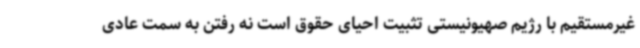
غیرمستقیم با رژیم صهیونیستی تثبیت احیای حقوق است نه رفتن به سمت عادی